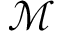
\mathcal { M }